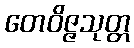
တေဝိဇ္ဇသုတ္တ